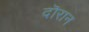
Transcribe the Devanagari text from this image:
दॊरान